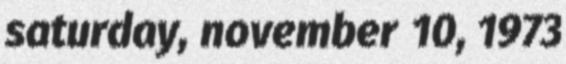
saturday, november 10, 1973